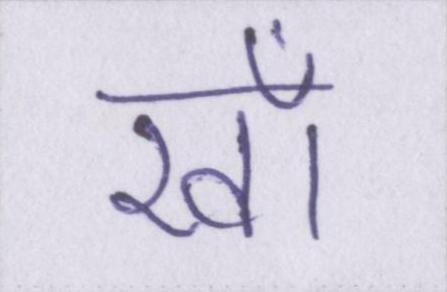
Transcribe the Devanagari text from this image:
खाँ